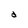
Character: d